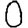
Digit: 0